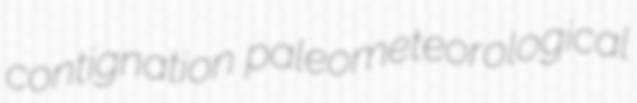
contignation paleometeorological